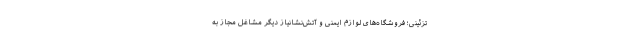
تزئینی؛ فروشگاه‌های لوازم ایمنی و آتش‌نشانیاز دیگر مشاغل مجاز به